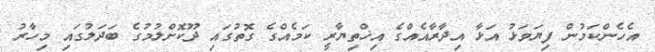
އެހެންކަމުން ފިޔަވަޅު އަޅާ އިދާރާއެއްގެ އިޚްތިޔާރީ ކަމެއްގެ ގޮތުގައި ދޫކޮށްލުމުގެ ބަދަލުގައި މިހާރު